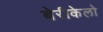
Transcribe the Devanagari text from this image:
बेरीकेलो